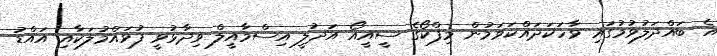
އެ ބައްދަލުވުމުގައި ވާހަކަދައްކަވަމުން މިފްކޯގެ ސީއީއޯ އަދުލީ އިސްމާއީލް ވިދާޅުވީ ފުވައްމުލަކާއި އައްޑު